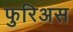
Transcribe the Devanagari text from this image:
फुरिअस